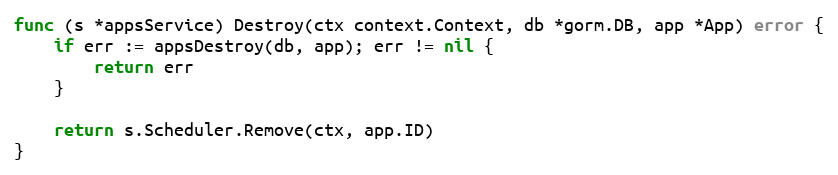
Language: Go
func (s *appsService) Destroy(ctx context.Context, db *gorm.DB, app *App) error {
	if err := appsDestroy(db, app); err != nil {
		return err
	}

	return s.Scheduler.Remove(ctx, app.ID)
}